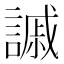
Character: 𧫳